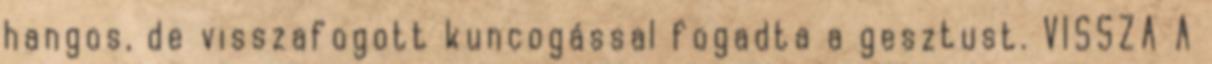
hangos, de visszafogott kuncogással fogadta a gesztust. VISSZA A